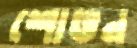
শোভন